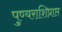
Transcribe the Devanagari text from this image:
पुण्यराशिप्राप्त